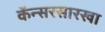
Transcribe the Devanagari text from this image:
कॅन्सरसारखा